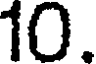
10.